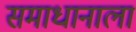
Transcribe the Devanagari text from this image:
समाधानाला